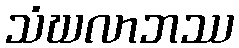
သံဃလာဘဿ